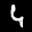
Label: 4